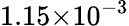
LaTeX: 1.15{\times}10^{-3}